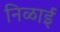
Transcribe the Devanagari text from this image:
निळाई